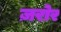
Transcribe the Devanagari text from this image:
ज़रोर